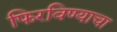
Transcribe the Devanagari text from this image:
फिरविण्याचा